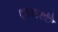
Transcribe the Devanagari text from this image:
एलआयसीने